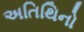
અતિથિનો